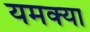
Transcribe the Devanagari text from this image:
यमक्या